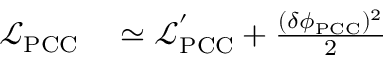
\begin{array} { r l } { \mathcal { L } _ { \mathrm { P C C } } } & { { } \simeq \mathcal { L } _ { \mathrm { P C C } } ^ { ' } + \frac { ( \delta \phi _ { \mathrm { P C C } } ) ^ { 2 } } { 2 } } \end{array}